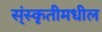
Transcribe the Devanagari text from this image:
स्ंस्कृतीमधील